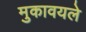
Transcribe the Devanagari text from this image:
मुकावयले